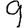
Digit: 9